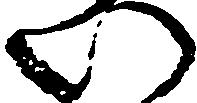
い